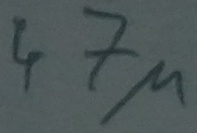
Text: 47µ